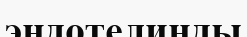
эндотелинды